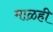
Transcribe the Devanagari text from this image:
माळही